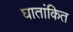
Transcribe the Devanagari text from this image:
घातांकित